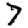
Digit: 7